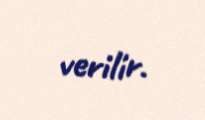
verilir.